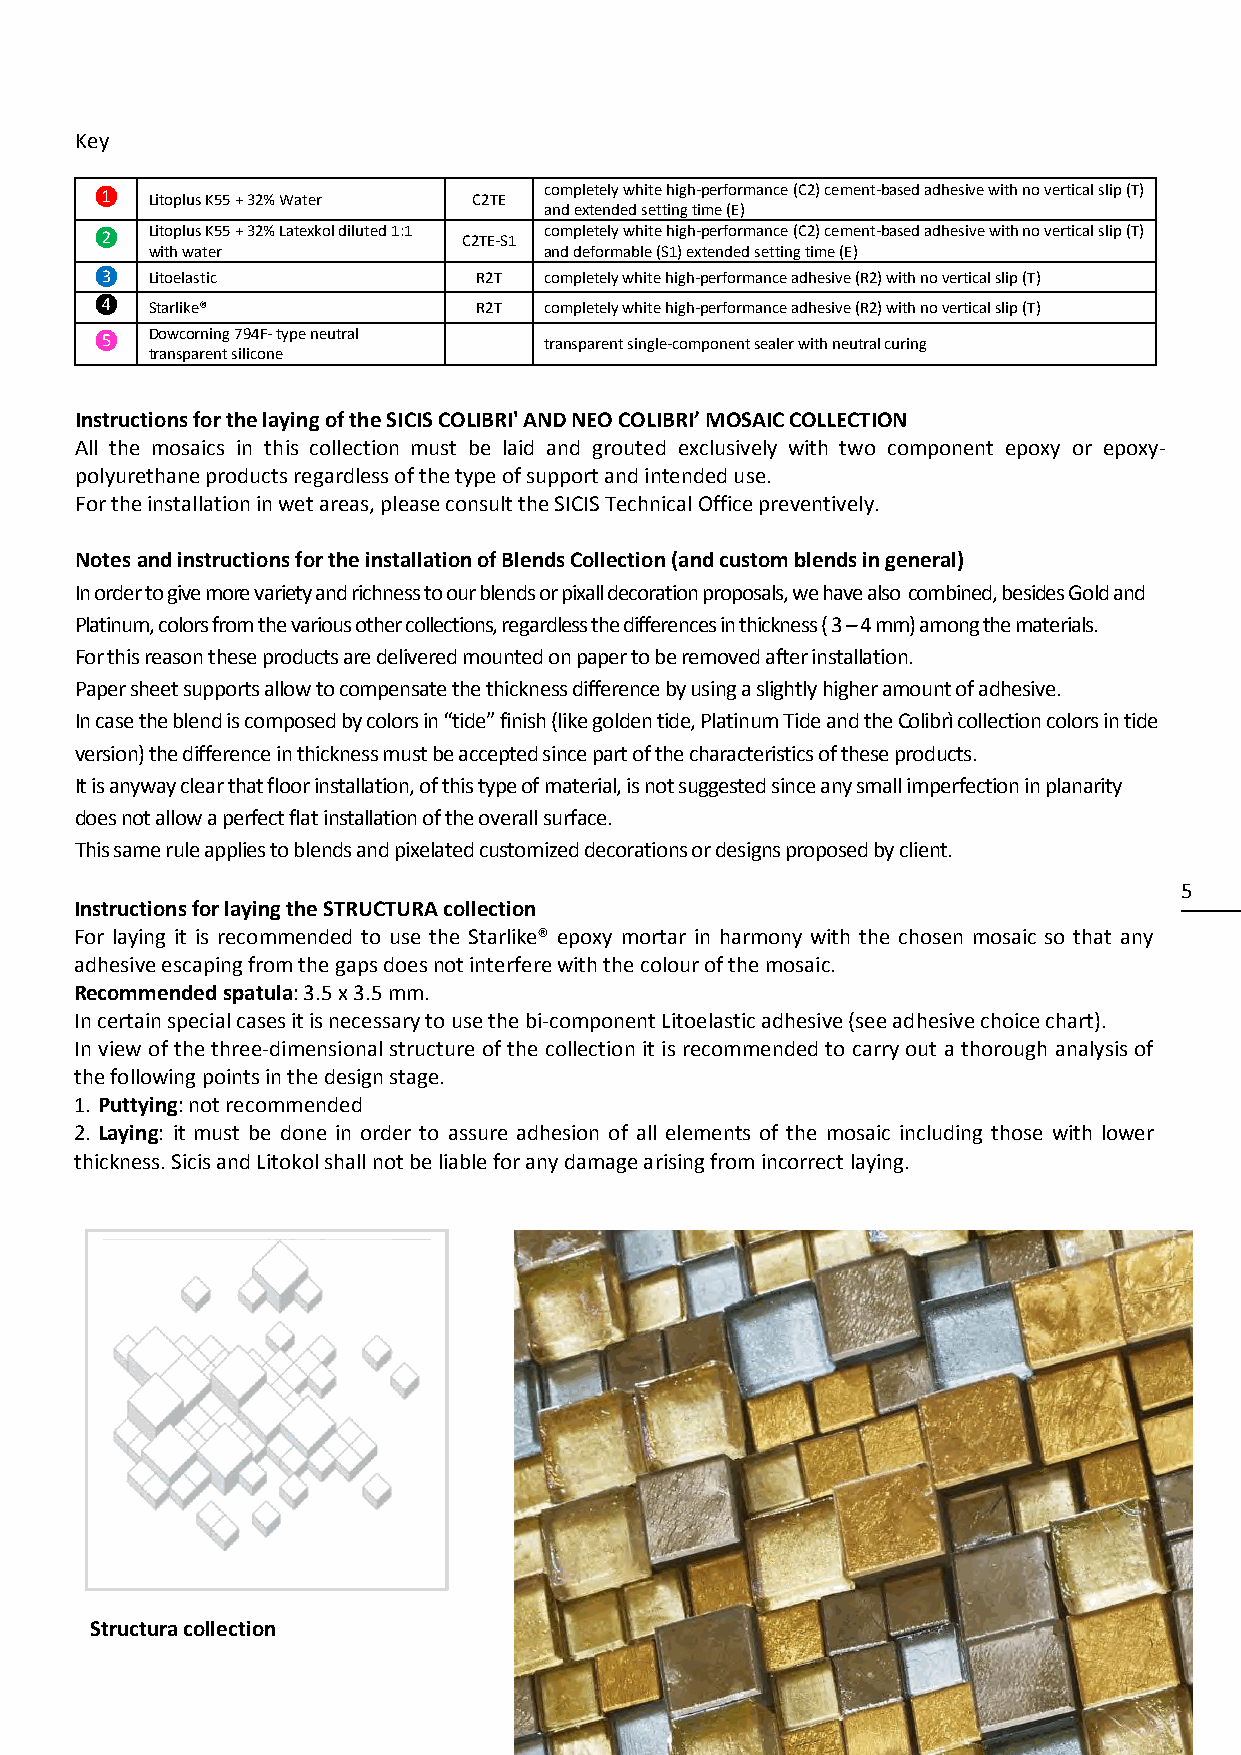
Key
 completely white high-performance (C2) cement-based adhesive with no vertical slip (T)
 ❶   Litoplus K55 + 32% Water C2TE
 and extended setting time (E)
 Litoplus K55 + 32% Latexkol diluted 1:1 completely white high-performance (C2) cement-based adhesive with no vertical slip (T)
 ❷
 with water
 C2TE-S1
 and deformable (S1) extended setting time (E)
 ❸   Litoelastic           R2T completely white high-performance adhesive (R2) with no vertical slip (T)
 ❹   Starlike®             R2T completely white high-performance adhesive (R2) with no vertical slip (T)
 ❺
 Dowcorning 794F- type neutral
 transparent single-component sealer with neutral curing
 transparent silicone
 Instructions for the laying of the SICIS COLIBRI' AND NEO COLIBRI’ MOSAIC COLLECTION
 All the mosaics in this collection must be laid and grouted exclusively with two component epoxy or epoxy-
 polyurethane products regardless of the type of support and intended use.
 For the installation in wet areas, please consult the SICIS Technical Office preventively.
 Notes and instructions for the installation of Blends Collection (and custom blends in general)
 In order to give more variety and richness to our blends or pixall decoration proposals, we have also combined, besides Gold and
 Platinum, colors from the various other collections, regardless the differences in thickness ( 3 – 4 mm) among the materials.
 For this reason these products are delivered mounted on paper to be removed after installation.
 Paper sheet supports allow to compensate the thickness difference by using a slightly higher amount of adhesive.
 In case the blend is composed by colors in “tide” finish (like golden tide, Platinum Tide and the Colibrì collection colors in tide
 version) the difference in thickness must be accepted since part of the characteristics of these products.
 It is anyway clear that floor installation, of this type of material, is not suggested since any small imperfection in planarity
 does not allow a perfect flat installation of the overall surface.
 This same rule applies to blends and pixelated customized decorations or designs proposed by client.
 5
 Instructions for laying the STRUCTURA collection
 For laying it is recommended to use the Starlike® epoxy mortar in harmony with the chosen mosaic so that any
 adhesive escaping from the gaps does not interfere with th e colour of the mosaic.
 Recommended spatula: 3.5 x 3.5 mm.
 In certain special cases it is necessary to use the bi-compon ent Litoelastic adhesive (see adhesive choice chart).
 In view of the three-dimensional structure of the collectio n it is recommended to carry out a thorough analysis of
 the following points in the design stage.
 1. Puttying: not recommended
 2. Laying: it must be done in order to assure adhesion o f all elements of the mosaic including those with lower
 thickness. Sicis and Litokol shall not be liable for any damag e arising from incorrect laying.
 Structura collection